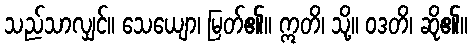
သည်သာလျှင်။ သေယျော၊ မြတ်၏။ ဣတိ၊ သို့။ ဝဒတိ၊ ဆို၏။